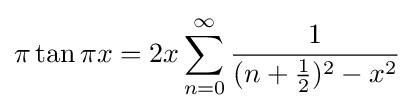
\pi \tan \pi x=2x\sum _{n=0}^{\infty }{\frac {1}{(n+{\tfrac {1}{2}})^{2}-x^{2}}}